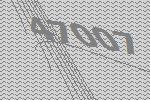
47007